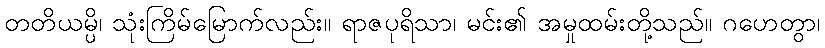
တတိယမ္ပိ၊ သုံးကြိမ်မြောက်လည်း။ ရာဇပုရိသာ၊ မင်း၏ အမှုထမ်းတို့သည်။ ဂဟေတွာ၊